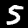
Digit: 5